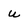
Character: u